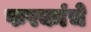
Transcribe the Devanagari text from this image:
फरकांचे